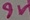
Text: 9V